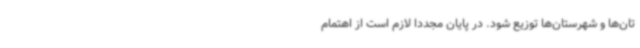
تان‌ها و شهرستان‌ها توزیع شود. در پایان مجددا لازم است از اهتمام